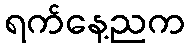
ရက်နေ့ညက